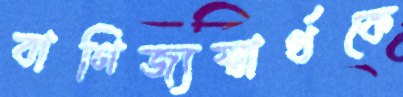
বাণিজ্যস্বার্থকে